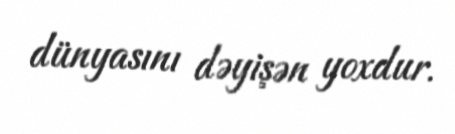
dünyasını dəyişən yoxdur.